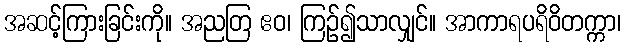
အဆင့်ကြားခြင်းကို။ အညတြ ဧဝ၊ ကြဉ်၍သာလျှင်။ အာကာရပရိဝိတက္ကာ၊